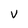
Character: V